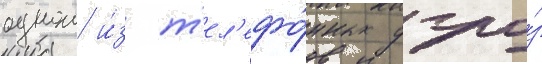
однои и́з т'ел'ефо́нных угро́з